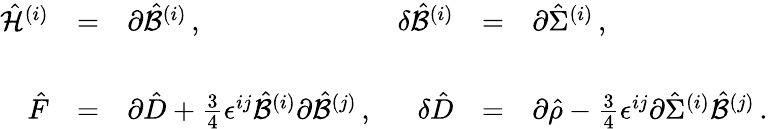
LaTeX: \begin{array}{rclrcl}{{\hat{\cal H}^{(i)}}}&{{=}}&{{\partial\hat{\cal B}^{(i)}\, ,}}&{{\delta\hat{\cal B}^{(i)}}}&{{=}}&{{\partial\hat{\Sigma}^{(i)}\, ,}}\\ {{}}&{{}}&{{}}&{{}}&{{}}&{{}}\\ {{\hat{F}}}&{{=}}&{{\partial\hat{D}+{\textstyle\frac{3}{4}}\epsilon^{ij}\hat{\cal B}^{(i)}\partial\hat{\cal B}^{(j)}\, ,}}&{{\delta\hat{D}}}&{{=}}&{{\partial\hat{\rho}-{\textstyle\frac{3}{4}}\epsilon^{ij}\partial\hat{\Sigma}^{(i)}\hat{\cal B}^{(j)}\, .}}\end{array}